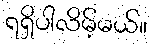
ရရှိပါလိမ့်မယ်။